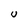
Character: U